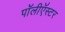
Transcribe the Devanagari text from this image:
पॉलीऍस्टर